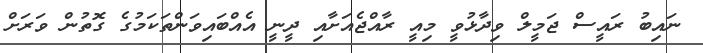
ނައިބު ރައީސް ޖަމީލް ވިދާޅުވީ މިއީ ރާއްޖެއަށާއި ދީނީ އެއްބައިވަންތަކަމުގެ ގޮތުން ވަރަށް